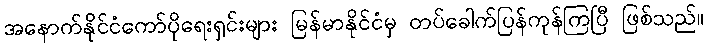
အနောက်နိုင်ငံကော်ပိုရေးရှင်းများ မြန်မာနိုင်ငံမှ တပ်ခေါက်ပြန်ကုန်ကြပြီ ဖြစ်သည်။